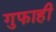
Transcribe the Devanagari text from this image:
गुफाही